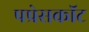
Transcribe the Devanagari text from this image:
पप्रेसकॉट